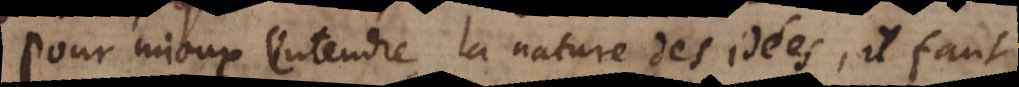
Pour mieux entendre la nature des idées, il faut